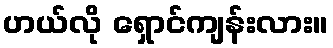
ဟယ်လို ရှောင်ကျန်းလား။